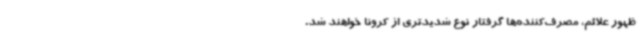
ظهور علائم، مصرف‌کننده‌ها گرفتار نوع شدیدتری از کرونا خواهند شد.